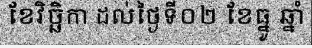
ខែវិច្ឆិកា ដល់ថ្ងៃទី០២ ខែធ្នូ ឆ្នាំ